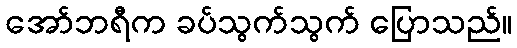
အော်ဘရီက ခပ်သွက်သွက် ပြောသည်။